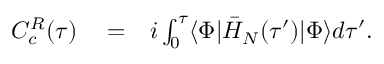
\begin{array} { r l r } { C _ { c } ^ { R } ( \tau ) } & { { } = } & { i \int _ { 0 } ^ { \tau } \langle \Phi | \bar { H } _ { N } ( \tau ^ { \prime } ) | \Phi \rangle d \tau ^ { \prime } . } \end{array}